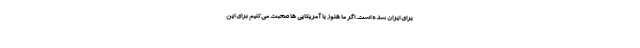
برای ایران شده است. اگر ما هنوز با آمریکایی ها صحبت می‌کنیم برای این